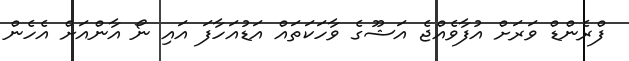
ފްރެންޑް ވަރަށް އުފާވެއްޖެ އަޝޫގެ ވާހަކަތައް އަޑުއަހާފަ އައި ނޯ އާންއަށް އެހެން